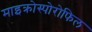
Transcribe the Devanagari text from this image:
माइक्रोस्पोरोफिल